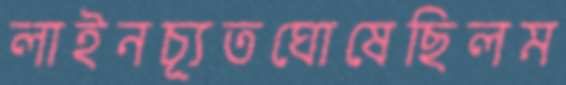
লাইনচ্যূতঘোষেছিলম